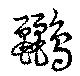
鸝